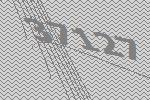
37127